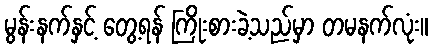
မွန်းနက်နှင့် တွေ့ရန် ကြိုးစားခဲ့သည်မှာ တမနက်လုံး။